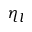
\eta _ { l }